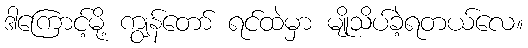
ဒါကြောင့်မို့ ကျွန်တော် ရင်ထဲမှာ မျိုသိပ်ခဲ့ရတယ်လေ။